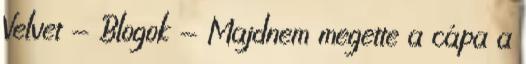
Velvet - Blogok - Majdnem megette a cápa a